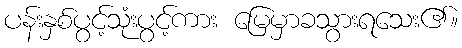
ပန်းနှစ်ပွင့်သုံးပွင့်ကား မြေမှာခသွားရသေး၏။